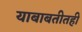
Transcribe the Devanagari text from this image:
याबाबतीतही